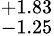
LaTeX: ^{+1.83}_{-1.25}